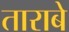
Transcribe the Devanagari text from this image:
ताराबे